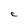
Character: C